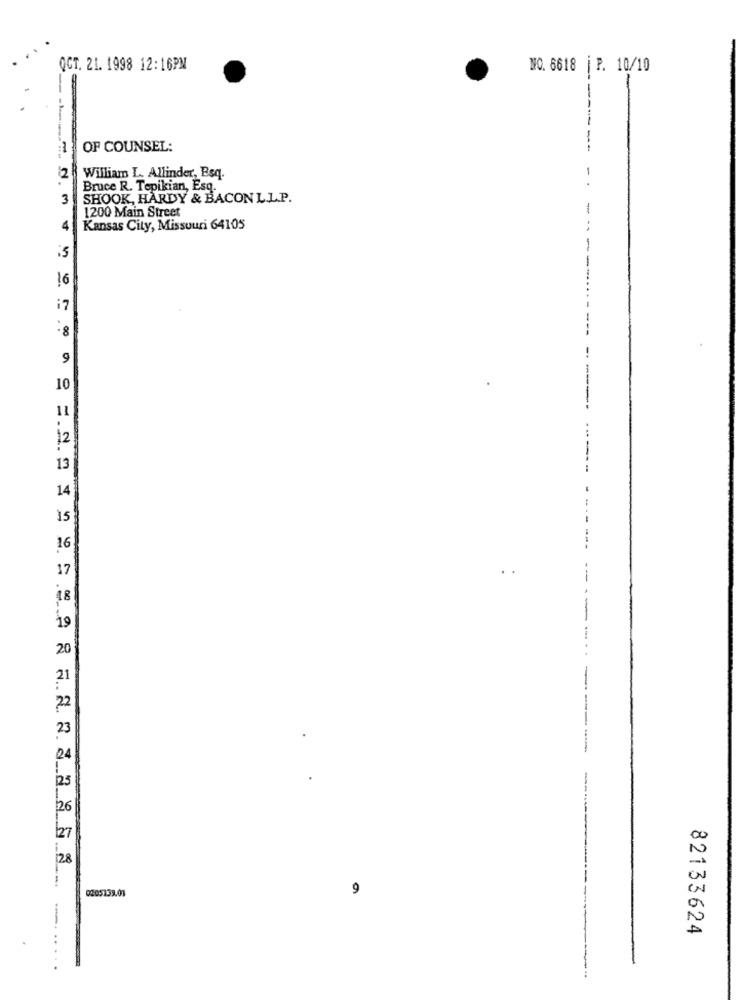
QCT. 21. 1998 12:16PM
NO. 6618 |P. 10/10
-
--
:1
OF COUNSEL:
2
1
William L. Allinder, Esq.
Bruce R. Tepikian, Esq.
3
SHOOK, HARDY & BACON L.L.P.
1200 Main Street
-
4
Kansas City, Missouri 64105
-
is
16
i7
-8
9
10
----
11
12
13
14
15
16
17
18
19
20
21
22
23
24
125
26
127
28
0205739.01
9
82133624
... .....